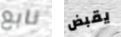
نابع يقبض